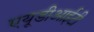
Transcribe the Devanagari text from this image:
एयूडीआईटी